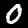
Digit: 0